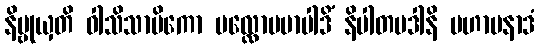
နိဗ္ဗုယှတိ ဝါသိသာမိကော ပလ္လောမမာပါဒိံ နိပါတပဒါနိ မဟာပနာဒံ